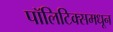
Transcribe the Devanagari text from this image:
पॉलिटिक्समधून